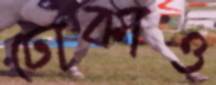
ঢোকাও